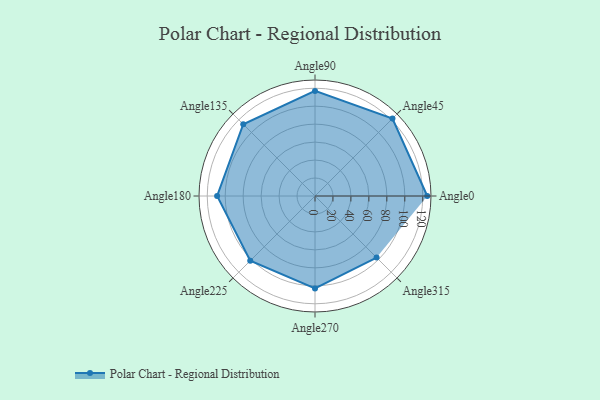
{"axis": {"x": "Angle", "y": "Radius"}, "legend": [""], "data": [{"x": "Angle0", "y": 125.0, "type": ""}, {"x": "Angle45", "y": 122.0, "type": ""}, {"x": "Angle90", "y": 117.0, "type": ""}, {"x": "Angle135", "y": 113.0, "type": ""}, {"x": "Angle180", "y": 109.0, "type": ""}, {"x": "Angle225", "y": 102.0, "type": ""}, {"x": "Angle270", "y": 103.0, "type": ""}, {"x": "Angle315", "y": 97.0, "type": ""}]}